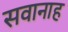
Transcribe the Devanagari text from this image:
सवानाह